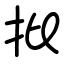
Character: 批